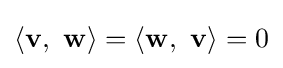
\langle \mathbf {v,\ w} \rangle =\langle \mathbf {w,\ v} \rangle =0